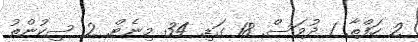
2 ހަފްތާ